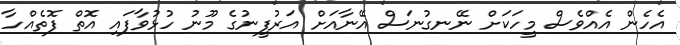
އެހެން އެއްވެސް މީހަކަށް ނޭނގުނަސް އޭނާއަށް އަރުފީނުގެ މޫނު ހުޅުވާފައި އޮތް ފޮތެއްހާ